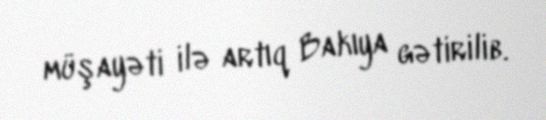
müşayəti ilə artıq Bakıya gətirilib.